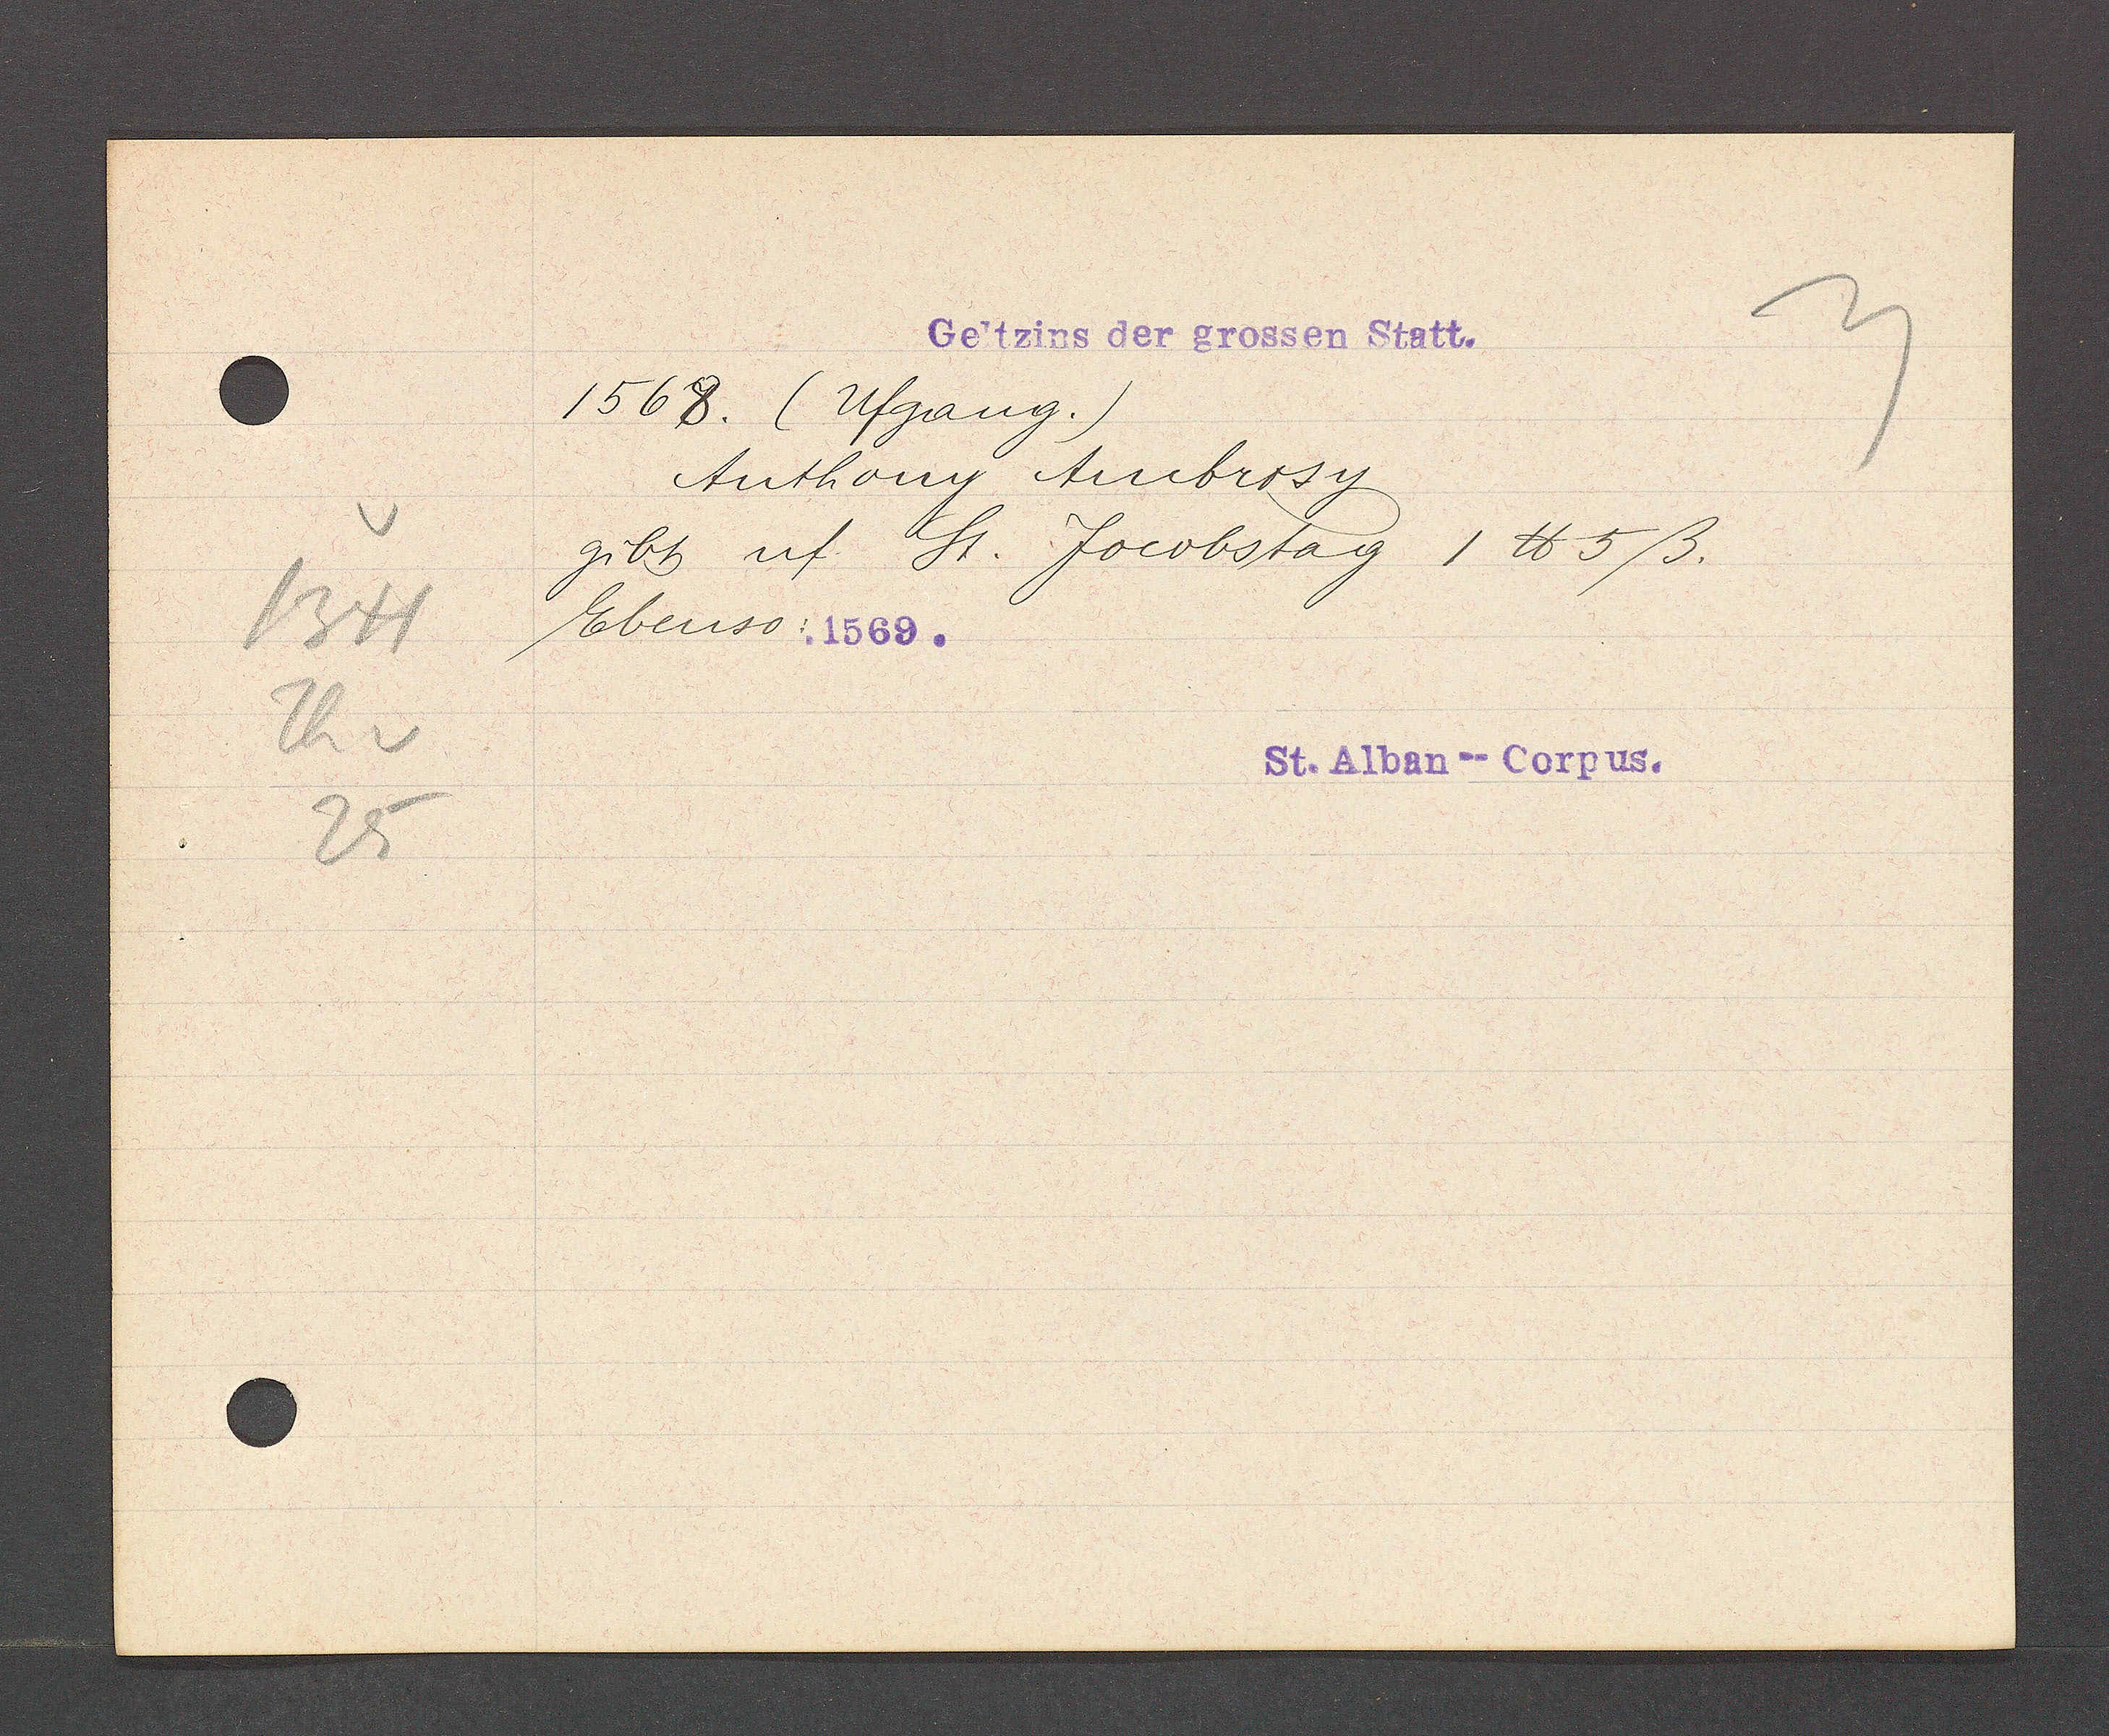
Transcript:
1341
Th v
25

1568. (Ufgang.)
Anthony Ambrosy
gibt uf St. Jocobstag 1 ℔ 5ß.
Ebenso: .1569.

Geltzins der grossen Statt.

St. Alban--Corpus.